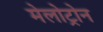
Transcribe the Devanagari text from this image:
मेलोट्रोन